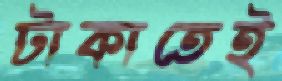
টাকাতেই